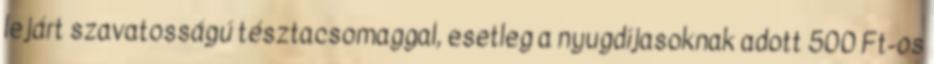
lejárt szavatosságú tésztacsomaggal, esetleg a nyugdíjasoknak adott 500 Ft-os